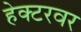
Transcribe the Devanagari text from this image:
हेक्टरवर